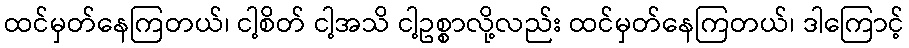
ထင်မှတ်နေကြတယ်၊ ငါ့စိတ် ငါ့အသိ ငါ့ဥစ္စာလို့လည်း ထင်မှတ်နေကြတယ်၊ ဒါကြောင့်